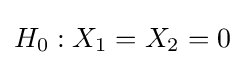
H_{0}:X_{1}=X_{2}=0